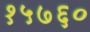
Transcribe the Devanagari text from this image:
१५७६०